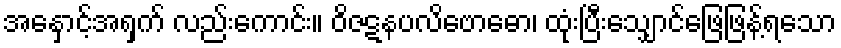
အနှောင့်အရှက် လည်းကောင်း။ ဝိဇဋနပလိဗောဓော၊ ထုံးပြီးသျှောင်ဖြေဖြန့်ရသော